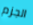
الجزم